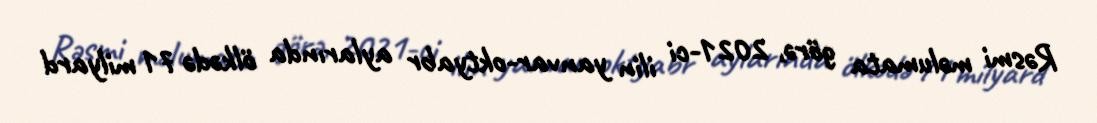
Rəsmi məlumata görə, 2021-ci ilin yanvar-oktyabr aylarında ölkədə 71 milyard